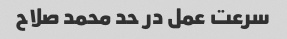
سرعت عمل در حد محمد صلاح